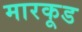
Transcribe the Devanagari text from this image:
मारकूड